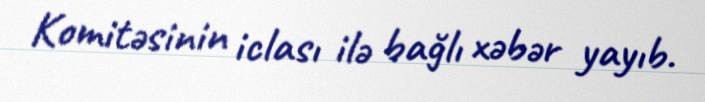
Komitəsinin iclası ilə bağlı xəbər yayıb.